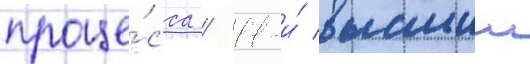
проце́сса / 11-и́ высшии